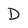
Character: D